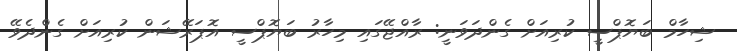
ޝިހާމް ބަޔޮޕްސީ ކުރިއަށް ގެންދަވަނީ: ރާއްޖޭގައި މިހާރު ބަޔޮޕްސީ އޮޕަރޭޝަން ކުރިއަށް ގެންދެވޭ